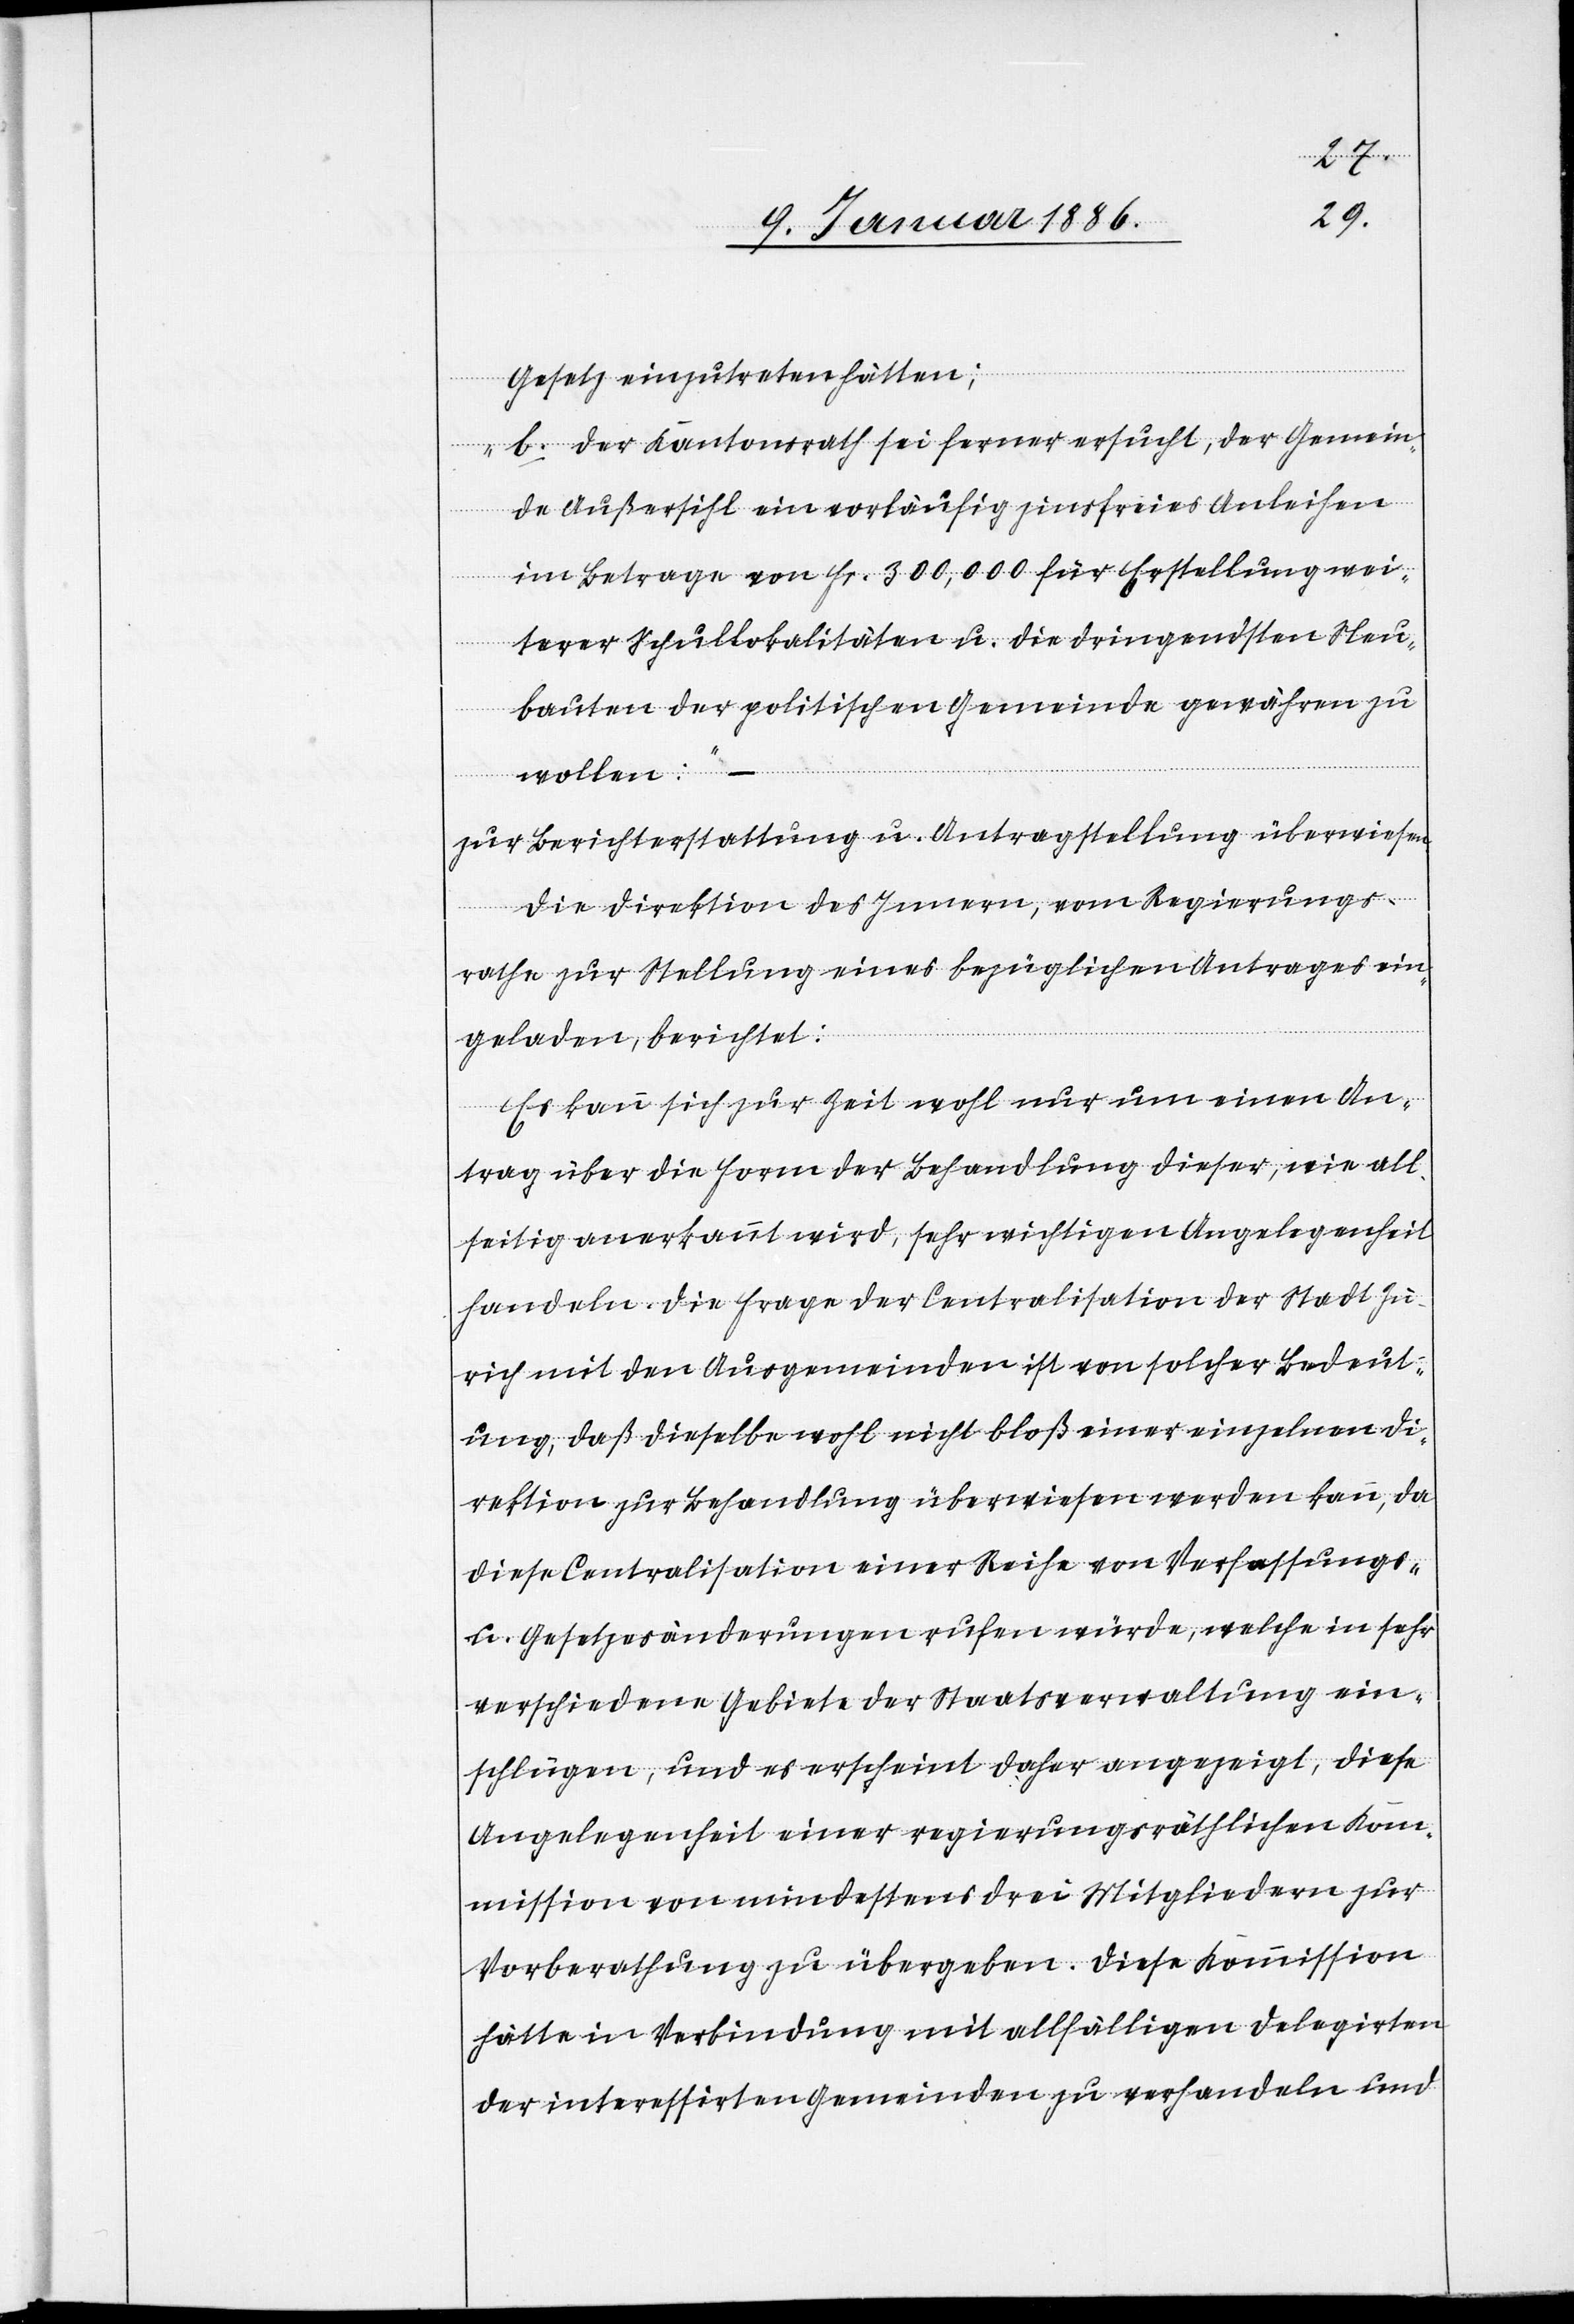
Gesetz einzutreten hätten;
b. Der Kantonsrath sei ferner ersucht, der Gemein¬
de Außersihl ein vorläufig zinsfreies Anleihen
im Betrage von Fr. 300,000 für Erstellung wei¬
tere Schullokalitäten u. die dringendsten Neu¬
bauten der politischen Gemeinde gewähren zu
wollen.“ –
zur Berichterstattung u. Antragstellung überwiesen.
Die Direktion des Innern, vom Regierungs¬
rathe zur Stellung eines bezüglichen Antrages ein¬
geladen, berichtet:
Es kann sich zur Zeit wohl nur um einen An¬
trag über die Form der Behandlung dieser, wie all¬
seitig anerkannt wird, sehr wichtigen Angelegenheit
handeln. Die Frage der Centralisation der Stadt Zü¬
rich mit den Ausgemeinden ist von solcher Bedeut¬
ung, daß dieselbe wohl nicht bloß einer einzelnen Di¬
rektion zur Behandlung überwiesen werden kann, da
diese Centralisation [nach] einer Reihe von Verfassungs-
u. Gesetzesänderungen rufen würde, welche in sehr
verschiedenen Gebiete der Staatsverwaltung ein¬
schlügen, und es erscheint daher angezeigt, diese
Angelegenheit einer regierungsräthlichen Kom¬
mission von mindestens drei Mitgliedern zur
Vorberathung zu übergeben. Diese Kommission
hätte in Verbindung mit allfälligen Delegirten
der interessierten Gemeinde zu verhandeln und